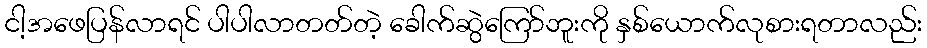
ငါ့အဖေပြန်လာရင် ပါပါလာတတ်တဲ့ ခေါက်ဆွဲကြော်ဘူးကို နှစ်ယောက်လုစားရတာလည်း